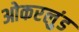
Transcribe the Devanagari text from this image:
ओकरलुंड